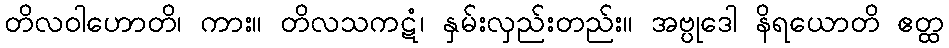
တိလဝါဟောတိ၊ ကား။ တိလသကဋံ၊ နှမ်းလှည်းတည်း။ အဗ္ပုဒေါ နိရယောတိ ဧတ္ထ